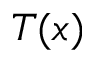
T ( x )